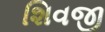
શિવજી